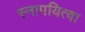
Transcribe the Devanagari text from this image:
स्नापयित्वा